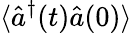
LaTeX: \langle\hat{a}^{\dagger}(t)\hat{a}(0)\rangle